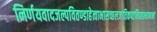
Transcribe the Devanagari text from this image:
निर्णयवादजल्पवितण्डाहेत्वाभासच्छलजातिकपटनिग्रहस्थानानां